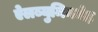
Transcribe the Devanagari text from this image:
ऐलब्युमिनमेह